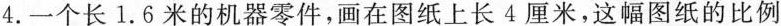
4.一个长1.6米的机器零件，画在图纸上长4厘米，这幅图纸的比例